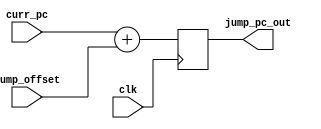
`timescale 1ns / 1ps
//////////////////////////////////////////////////////////////////////////////////
// Company: 
// Engineer: 
// 
// Design Name: 
// Module Name: jump_control
// Project Name: 
// Target Devices: 
// Tool Versions: 
// Description: 
// 
// Dependencies: 
// 
// Revision:
// Revision 0.01 - File Created
// Additional Comments:
// 
//////////////////////////////////////////////////////////////////////////////////


module jump_control(
    output reg [7:0] jump_pc_out,
    input [7:0] curr_pc,
    input [4:0] jump_offset,
    input clk
    );
 reg dummy =1;
always @(posedge clk) begin 
    case(dummy)
    1: jump_pc_out <= curr_pc + jump_offset;
    endcase
end
endmodule